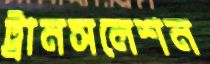
ট্রানসলেশন